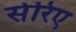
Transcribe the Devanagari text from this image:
सेरिए